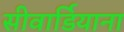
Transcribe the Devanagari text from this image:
सीवार्डियाना